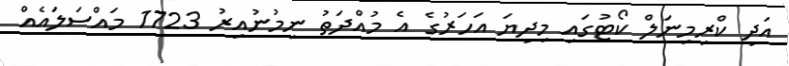
އަދި ކްރިމިނަލް ކޯޓުގައި މިދިޔަ އަހަރުގެ އެ މުއްދަތު ނިމުނުއިރު 1723 މައްސަލައެއް